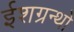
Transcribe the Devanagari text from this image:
ईशग्रन्थो